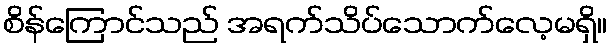
စိန်ကြောင်သည် အရက်သိပ်သောက်လေ့မရှိ။